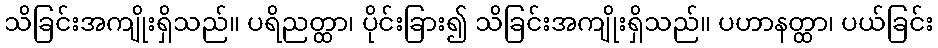
သိခြင်းအကျိုးရှိသည်။ ပရိညတ္ထာ၊ ပိုင်းခြား၍ သိခြင်းအကျိုးရှိသည်။ ပဟာနတ္ထာ၊ ပယ်ခြင်း